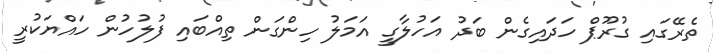
ތެރޭގައި ގުރޫޕް ހަދައިގެން ބަދު އަހުލާގީ އަމަލު ހިންގަން ތިއްބައި ފުލުހުން ހައްޔަކުރީ